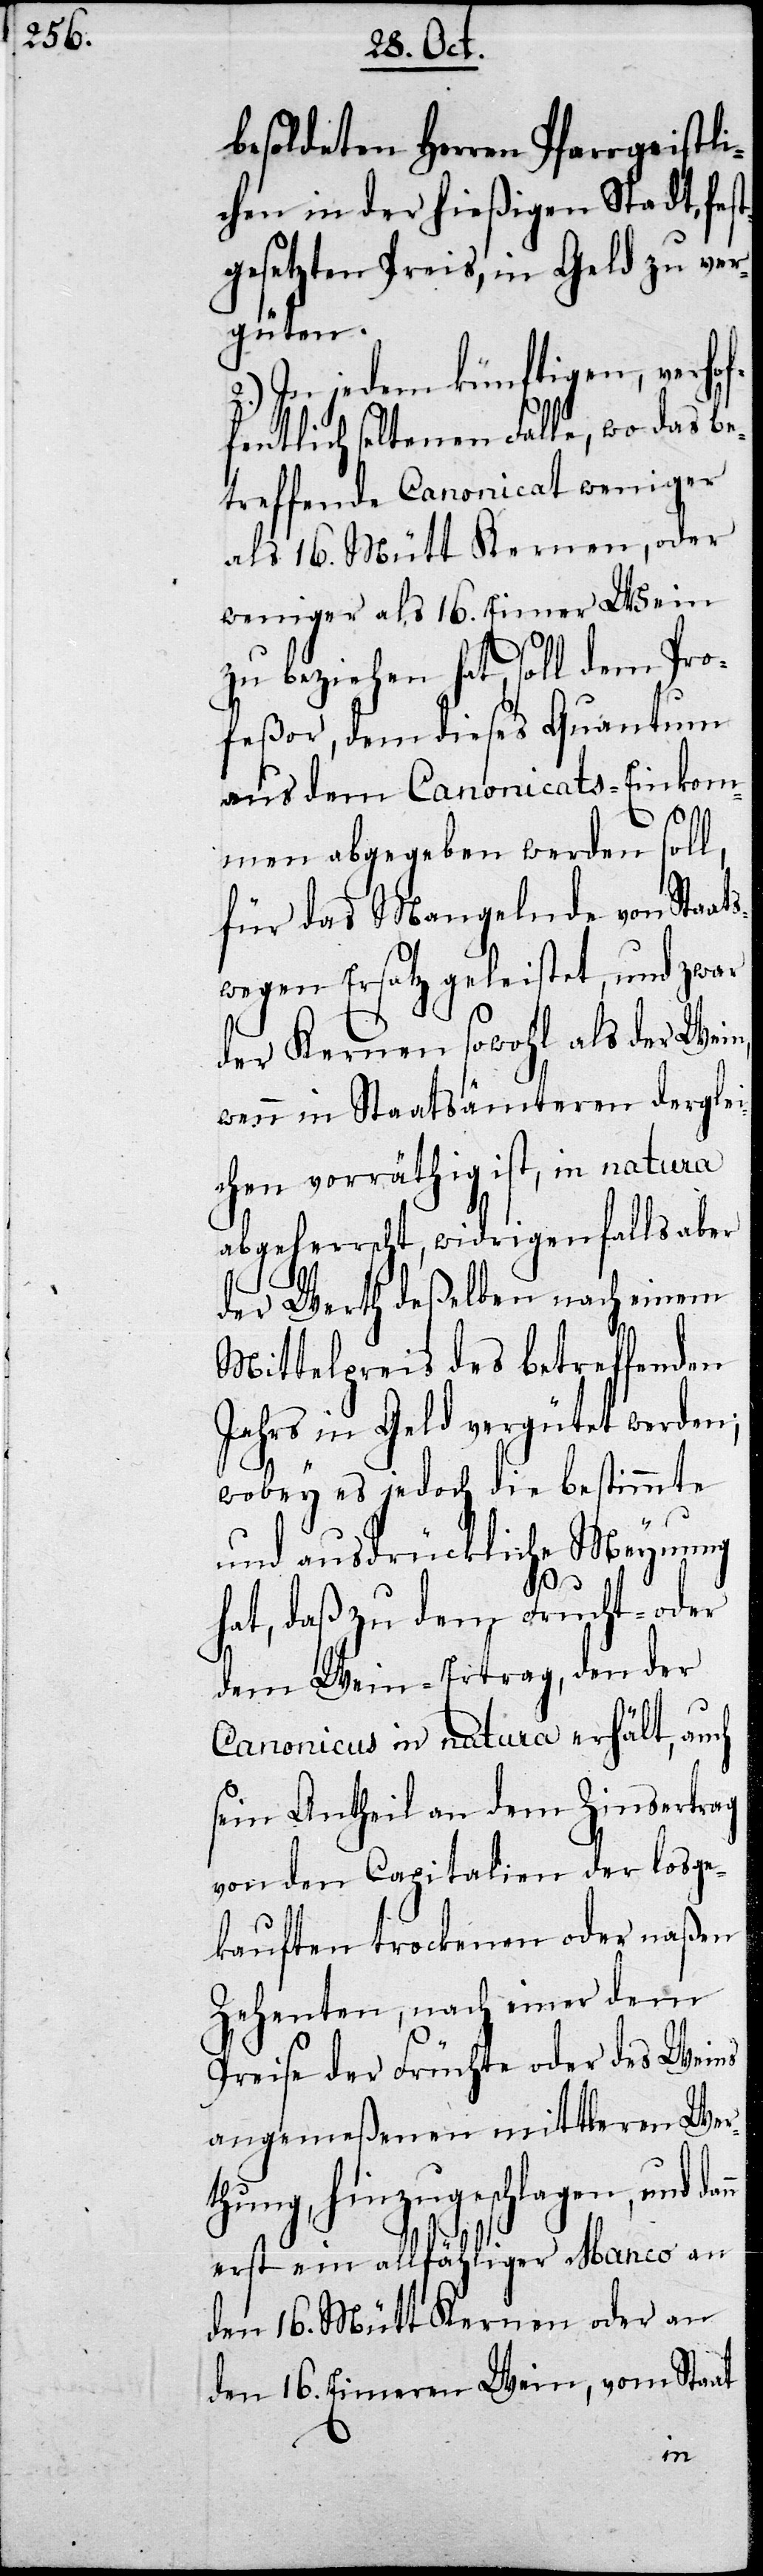
besoldeten Herrn Pfarrgeistli¬
chen in der hießigen Stadt, fe¬
gesetzten Preis, in Geld zu ver¬
güten.
2.) In jedem künftigen, verhof¬
fentlich seltenen Falle, wo das be¬
treffende Canonicat weniger
als 16. Mütt Kernen, oder
weniger al 16. Eimer Wein
zu beziehen hat, soll dem Pro¬
feßor, dem dieses Quantum
aus dem Canaonicats-Einkom¬
men abgegeben werden soll,
für das Mangelnde von Staats
wegen Ersatz geleistet, und zwar
der Kernen sowohl, als der Wein,
wenn in Staatsämteren dergle¬
ichen vorräthig ist, in natura
abgeherrscht, widrigenfalls aber
der Werth deßelben nach einem
Mittelpreis des betreffenden
Jahrs in Geld vergütet werden;
wobey es jedoch die bestimmte
und ausdrückliche Meynung
hat, daß zu dem Frucht- oder
dem Wein-Ertrag, den der
Canonicus in natura erhält, auch
sein Antheil an dem Zinsertrag
von den Capitalien der losge¬
kauften trockenen oder naßen
Zehenten, nach einer dem
Preise der Früchte oder des Weins
angemeßenen mittleren Wer¬
thung hinzugeschlagen, und da¬
erst ein allfähliger Manco an
den 16. Mütt Kernen oder an
den 16. Eimeren Wein, vom Staat
nn